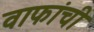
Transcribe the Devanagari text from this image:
वाफांची